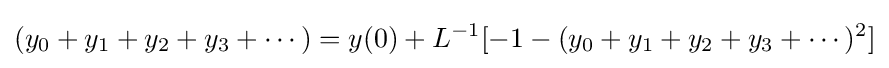
(y_{0}+y_{1}+y_{2}+y_{3}+\cdots )=y(0)+L^{-1}[-1-(y_{0}+y_{1}+y_{2}+y_{3}+\cdots )^{2}]